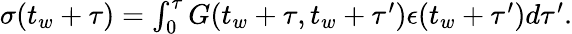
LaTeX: \begin{array}{r}{\sigma(t_{w}+\tau)=\int_{0}^{\tau}G(t_{w}+\tau,t_{w}+\tau^{\prime}){\epsilon}(t_{w}+\tau^{\prime})d\tau^{\prime}.}\end{array}